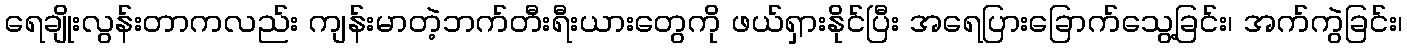
ရေချိုးလွန်းတာကလည်း ကျန်းမာတဲ့ဘက်တီးရီးယားတွေကို ဖယ်ရှားနိုင်ပြီး အရေပြားခြောက်သွေ့ခြင်း၊ အက်ကွဲခြင်း၊